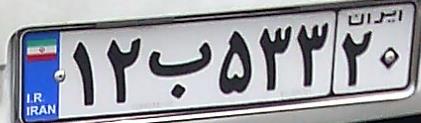
۱۲ب۵۳۳۲۰